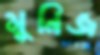
মুনিজ